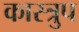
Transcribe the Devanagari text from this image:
कास्त्रुप